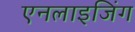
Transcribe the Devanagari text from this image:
एनलाइजिंग